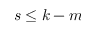
s \leq k - m